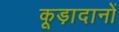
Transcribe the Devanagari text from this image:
कूड़ादानों